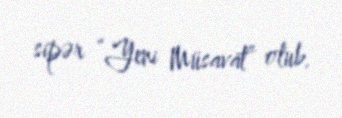
sipər “Yeni Müsavat” olub.